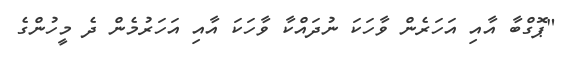
"ޕޮގްބާ އާއި އަހަރެން ވާހަކަ ނުދައްކާ ވާހަކަ އާއި އަހަރުމެން ދެ މީހުންގެ